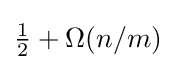
{\tfrac {1}{2}}+\Omega (n/m)